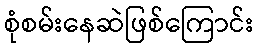
စုံစမ်းနေဆဲဖြစ်ကြောင်း